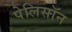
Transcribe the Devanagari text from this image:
पेलिसॉन